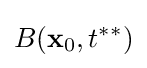
B(\mathbf {x} _{0},t^{*\ast })